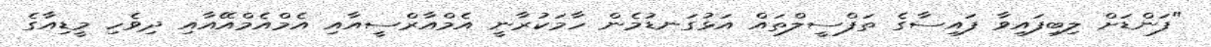
"ފަންޑަށް ލިބިފައިވާ ފައިސާގެ ތަފްސީލްތައް އަޅުގަނޑުމެން ހާމަކުރާނީ އެމްއާރްސީއާއި އެމްއެމްއޭއާއި ދިވެހި މީޑިއާގެ